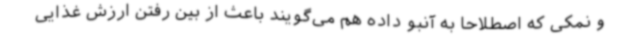
و نمکی که اصطلاحا به آنبو داده هم می‌گویند باعث از بین رفتن ارزش غذایی